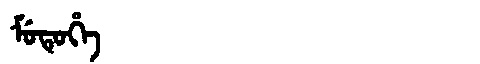
Manchu: ᠮᡠᡨᡠᡥᡝ
Romanization: MUTUHE